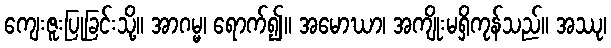
ကျေးဇူးပြုခြင်းသို့။ အာဂမ္မ၊ ရောက်၍။ အမောဃာ၊ အကျိုးမရှိကုန်သည်။ အဿု၊